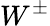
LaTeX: W^{\pm}